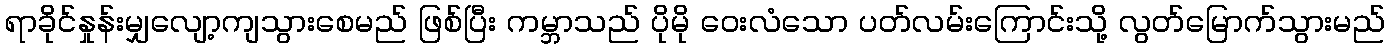
ရာခိုင်နှုန်းမျှလျော့ကျသွားစေမည် ဖြစ်ပြီး ကမ္ဘာသည် ပိုမို ဝေးလံသော ပတ်လမ်းကြောင်းသို့ လွတ်မြောက်သွားမည်